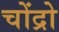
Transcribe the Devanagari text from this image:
चोंद्रो